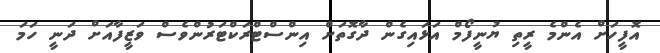
އޮފީހަށް އެންމެ ރީތި ޔުނީފޯމް އަޅައިގެން ދާގޮތަށް އިންސްޓްރަކްޓަރުންވެސް ވަޒީފާއަށް ދަނީ ހަމަ